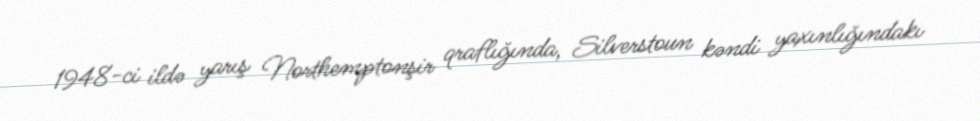
1948-ci ildə yarış Northemptonşir qraflığında, Silverstoun kəndi yaxınlığındakı